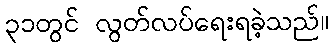
၃၁တွင် လွတ်လပ်ရေးရခဲ့သည်။